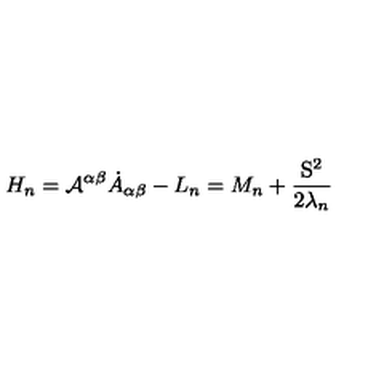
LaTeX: H _ { n } = { \cal { A } } ^ { \alpha \beta } { \dot { A } } _ { \alpha \beta } - L _ { n } = M _ { n } + \frac { { \mathrm { \boldmath S } } ^ { 2 } } { 2 \lambda _ { n } }